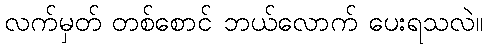
လက်မှတ် တစ်စောင် ဘယ်လောက် ပေးရသလဲ။